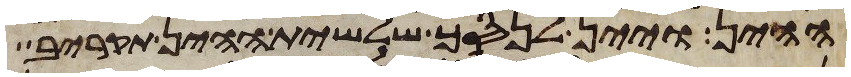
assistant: ההין ויין לנסך שלשית ההין תקריב